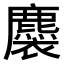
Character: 𧞯